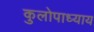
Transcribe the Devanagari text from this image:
कुलोपाध्याय